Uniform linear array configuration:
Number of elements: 48
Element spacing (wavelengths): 0.75
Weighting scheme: kaiser
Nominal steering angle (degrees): -45
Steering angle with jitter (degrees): -45.666
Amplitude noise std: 0.05
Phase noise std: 0.05

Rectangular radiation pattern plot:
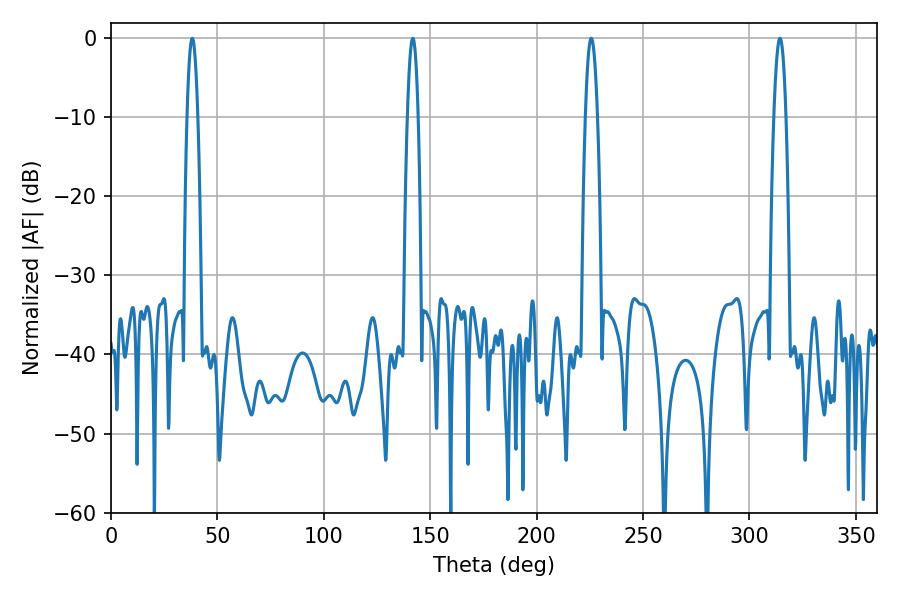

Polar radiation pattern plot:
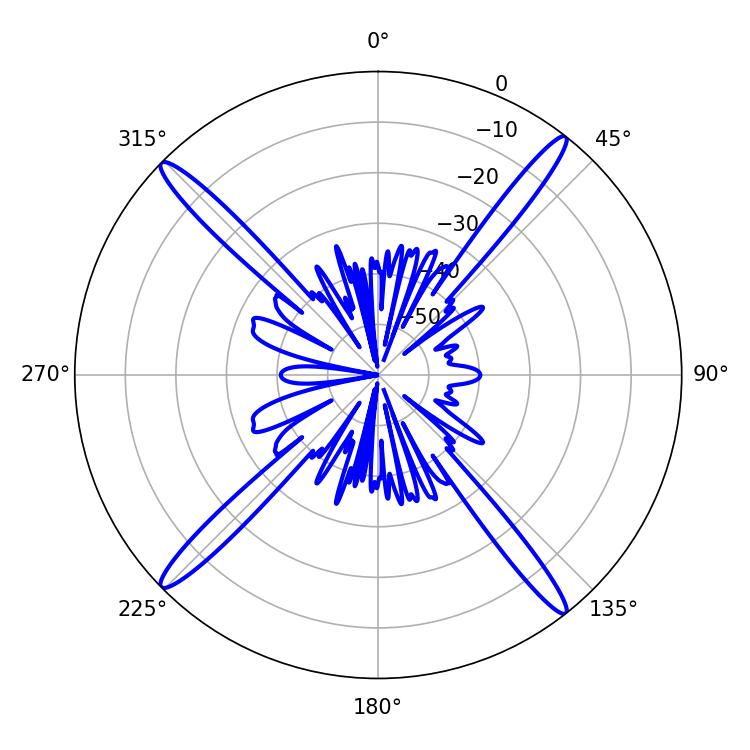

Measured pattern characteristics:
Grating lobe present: TRUE
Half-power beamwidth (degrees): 2.7
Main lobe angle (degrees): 38.16